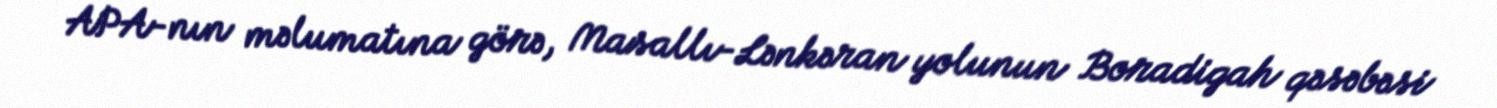
APA-nın məlumatına görə, Masallı-Lənkəran yolunun Boradigah qəsəbəsi